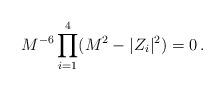
LaTeX: \begin{align*}M^{-6}\prod_{i=1}^{4}(M^{2} -|Z_{i}|^{2})=0\, .\end{align*}